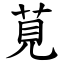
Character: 莧